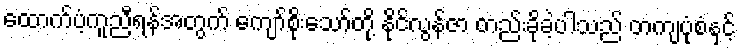
ထောက်ပံ့ကူညီရန်အတွက် ကျော်စိုးသော်တို့ နိုင်လွန်ဇာ တည်းခိုခဲ့ပါသည် တကျပုံစံနှင့်